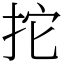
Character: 拕